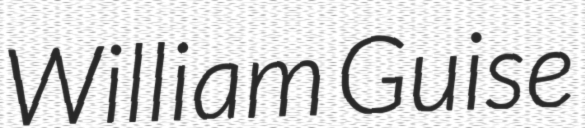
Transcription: William Guise